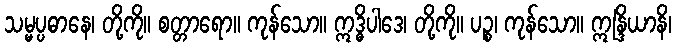
သမ္မပ္ပဓာနေ၊ တို့ကို။ စတ္တာရော။ ကုန်သော။ ဣဒ္ဓိပါဒေ၊ တို့ကို။ ပဉ္စ၊ ကုန်သော။ ဣန္ဒြိယာနိ၊